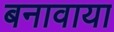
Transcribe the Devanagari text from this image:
बनावाया